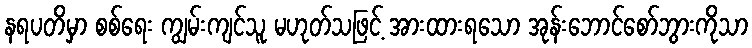
နရပတိမှာ စစ်ရေး ကျွမ်းကျင်သူ မဟုတ်သဖြင့် အားထားရသော အုန်းဘောင်စော်ဘွားကိုသာ